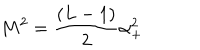
M ^ { 2 } = \frac { ( L - 1 ) } 2 \alpha _ { + } ^ { 2 }